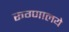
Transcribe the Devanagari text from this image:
रूग्णालये